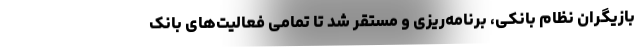
بازیگران نظام بانکی، برنامه‌ریزی و مستقر شد تا تمامی فعالیت‌های بانک